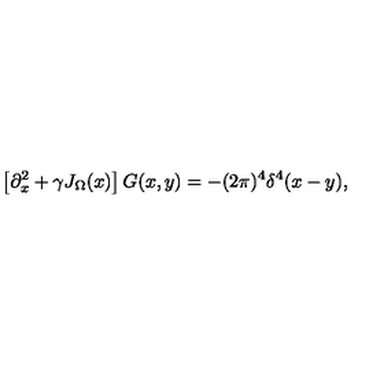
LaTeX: \left[ \partial _ { x } ^ { 2 } + \gamma J _ { \Omega } ( x ) \right] G ( x , y ) = - ( 2 \pi ) ^ { 4 } \delta ^ { 4 } ( x - y ) ,